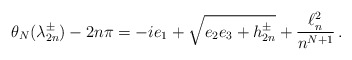
\begin{align*}\theta_N(\lambda_{2n}^\pm)-2n\pi= -ie_1 + \sqrt{e_2e_3+ h_{2n}^\pm} + \frac{\ell^2_n}{n^{N+1}} \, .\end{align*}